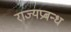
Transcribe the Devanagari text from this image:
राज्यप्रबन्ध